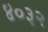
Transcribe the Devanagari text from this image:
४०३२